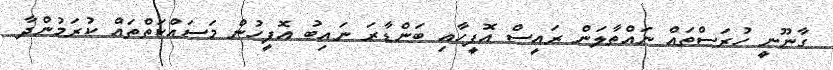
ގާނޫނީ ހުރަސްތައް ނައްތާލަން ރައީސް އޮފީހާއި ބަންޑާރަ ނައިބު އޮފީހުން މަސައްކަތްތައް ކުރަމުންދާ